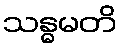
သန္ဓမတိ